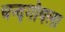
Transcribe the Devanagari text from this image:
चन्दगोयला